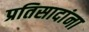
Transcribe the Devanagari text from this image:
प्रतिसादांना